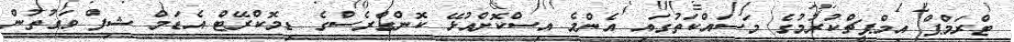
ޓްރަމްޕް އިމްޕީޗްކުރުމުގެ މަސައްކަތުގައި އެންމެ އިސްކޮށްއުޅޭ ކޮންގްރެސްގެ ޑިމޮކްރޭޓް އެޑަމް ޝިފް ވަގުތުން